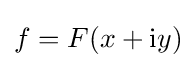
f=F(x+{\rm {i}}y)